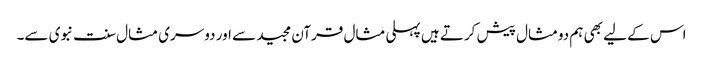
اس کے لیے بھی ہم دومثال پیش کرتے ہیں پہلی مثال قرآن مجید سے اور دوسری مثال سنت نبوی سے۔